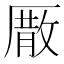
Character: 𠪣